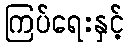
ကြပ်ရေးနှင့်